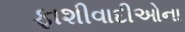
ફાશીવાદીઓના